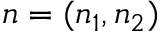
{ \boldsymbol n } = ( n _ { 1 } , n _ { 2 } )